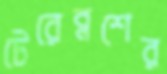
টেরেব্লশের